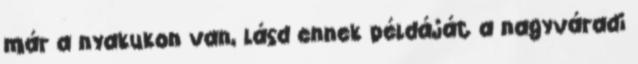
már a nyakukon van, lásd ennek példáját a nagyváradi